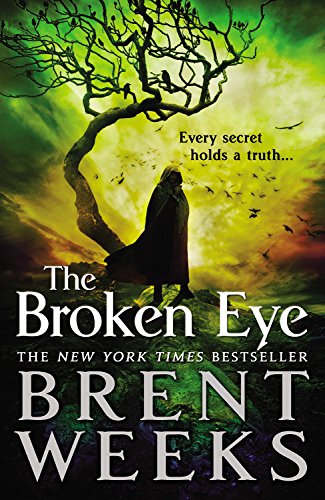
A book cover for The Broken Eye (Lightbringer); Brent Weeks; Science Fiction & Fantasy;